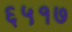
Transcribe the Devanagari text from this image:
६५१७